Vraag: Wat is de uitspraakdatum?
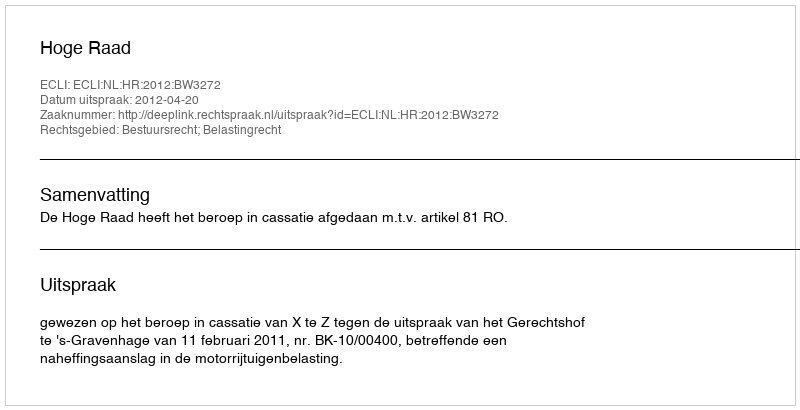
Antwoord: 2012-04-20